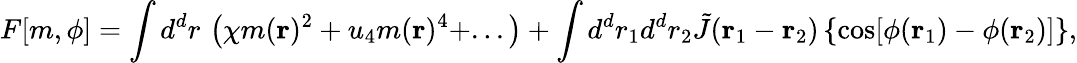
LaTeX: F[m,\phi]=\int d^{d}r\, \left(\chi m(\mathbf{r})^{2}+u_{4}m(\mathbf{r})^{4}+...\right)+\int d^{d}r_{1}d^{d}r_{2}\tilde{J}(\mathbf{r}_{1}-\mathbf{r}_{2})\left\{ \cos[\phi(\mathbf{r}_{1})-\phi(\mathbf{r}_{2})]\right\} ,